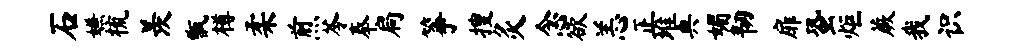
石嫌梳羡甑樽柔煎苓奉扃筝搜灸念欲恙正堆典媚韧扉蛩炬蕨我识